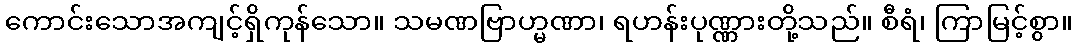
ကောင်းသောအကျင့်ရှိကုန်သော။ သမဏဗြာဟ္မဏာ၊ ရဟန်းပုဏ္ဏားတို့သည်။ စီရံ၊ ကြာမြင့်စွာ။